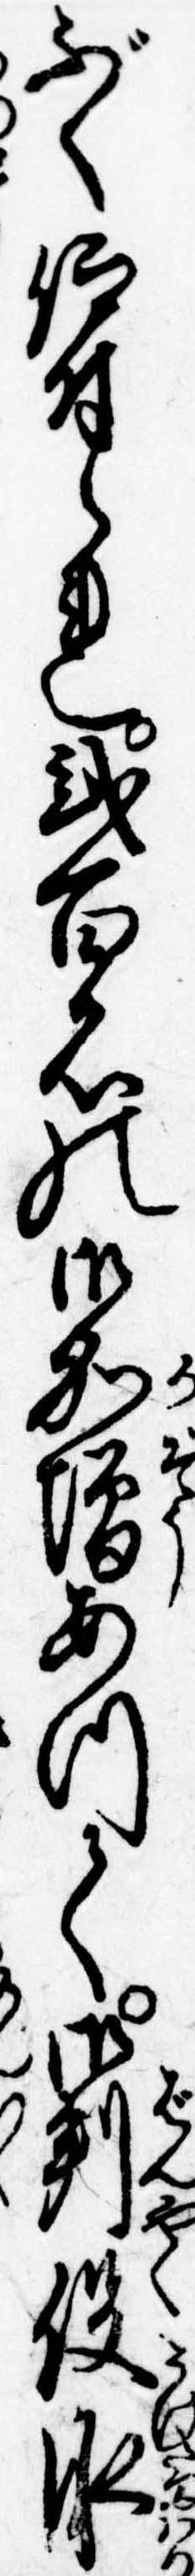
ぶく仰付られ弐百石の御加増あつて御判役承